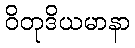
ဝိတုဒိယမာနာ